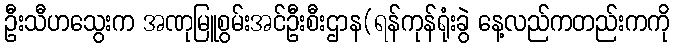
ဦးသီဟသွေးက အဏုမြူစွမ်းအင်ဦးစီးဌာန(ရန်ကုန်ရုံးခွဲ နေ့လည်ကတည်းကကို